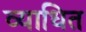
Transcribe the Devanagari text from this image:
व्याधित